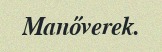
Manőverek.